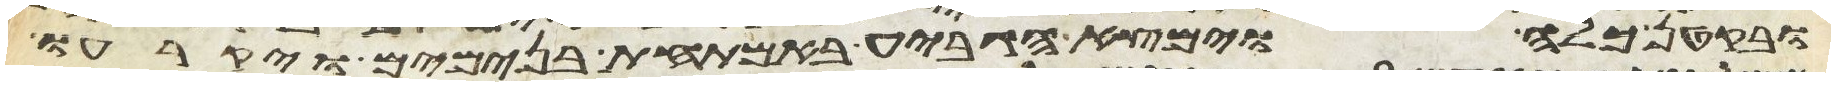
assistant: ובקטן כלה וימצא הגביע באמתחת בנימים ויקרעו